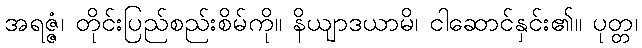
အရဇ္ဇံ၊ တိုင်းပြည်စည်းစိမ်ကို။ နိယျာဒယာမိ၊ ငါဆောင်နှင်း၏။ ပုတ္တ၊